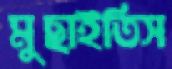
মুছাইতিস